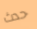
حدث